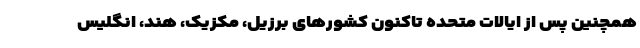
همچنین پس از ایالات متحده تاکنون کشورهای برزیل، مکزیک، هند، انگلیس